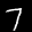
Label: 7